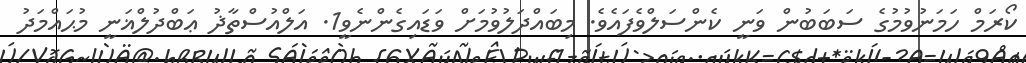
ކޯރަމް ހަމަނުވުމުގެ ސަބަބުން ވަނީ ކެންސަލްވެފައެވެ. މިބައްދަލުވުމަށް ވަޑައިގެންނެވީ1. އަލްއުސްތާޛު ޢަބްދުލްޣަނީ މުޙައްމަދު